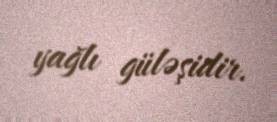
yağlı güləşidir.